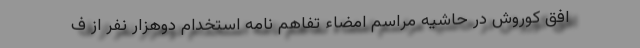
افق کوروش در حاشیه مراسم امضاء تفاهم نامه استخدام دوهزار نفر از ف